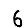
Digit: 6